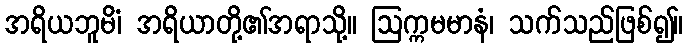
အရိယဘူမိံ၊ အရိယာတို့၏အရာသို့။ ဩက္ကမမာနံ၊ သက်သည်ဖြစ်၍။